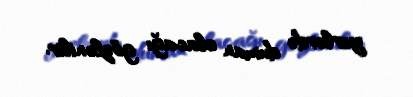
yerlərdə duman olacağı gözlənilir.